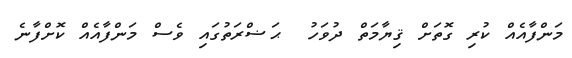
މަންފާއެއް ކުރި ގޮތަށް ޤިޔާމަތް ދުވަހު  ޙަޟްރަތުގައި ވެސް މަންފާއެއް ކޮށްފާނެ